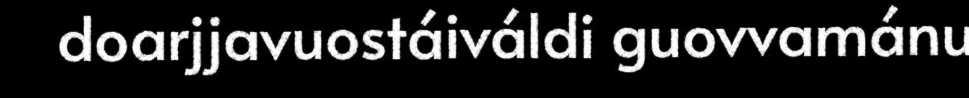
doarjjavuostáiváldi guovvamánu